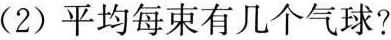
（2）平均每束有几个气球？